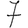
Digit: 7